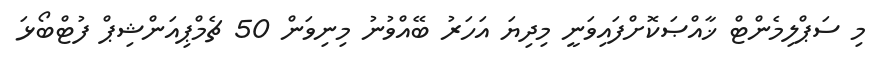
މި ސަޕްލިމެންޓް ޚާއްޞަކޮށްފައިވަނީ މިދިޔަ އަހަރު ބޭއްވުނު މިނިވަން 50 ޗެމްޕިއަންޝިޕް ފުޓްބޯޅަ